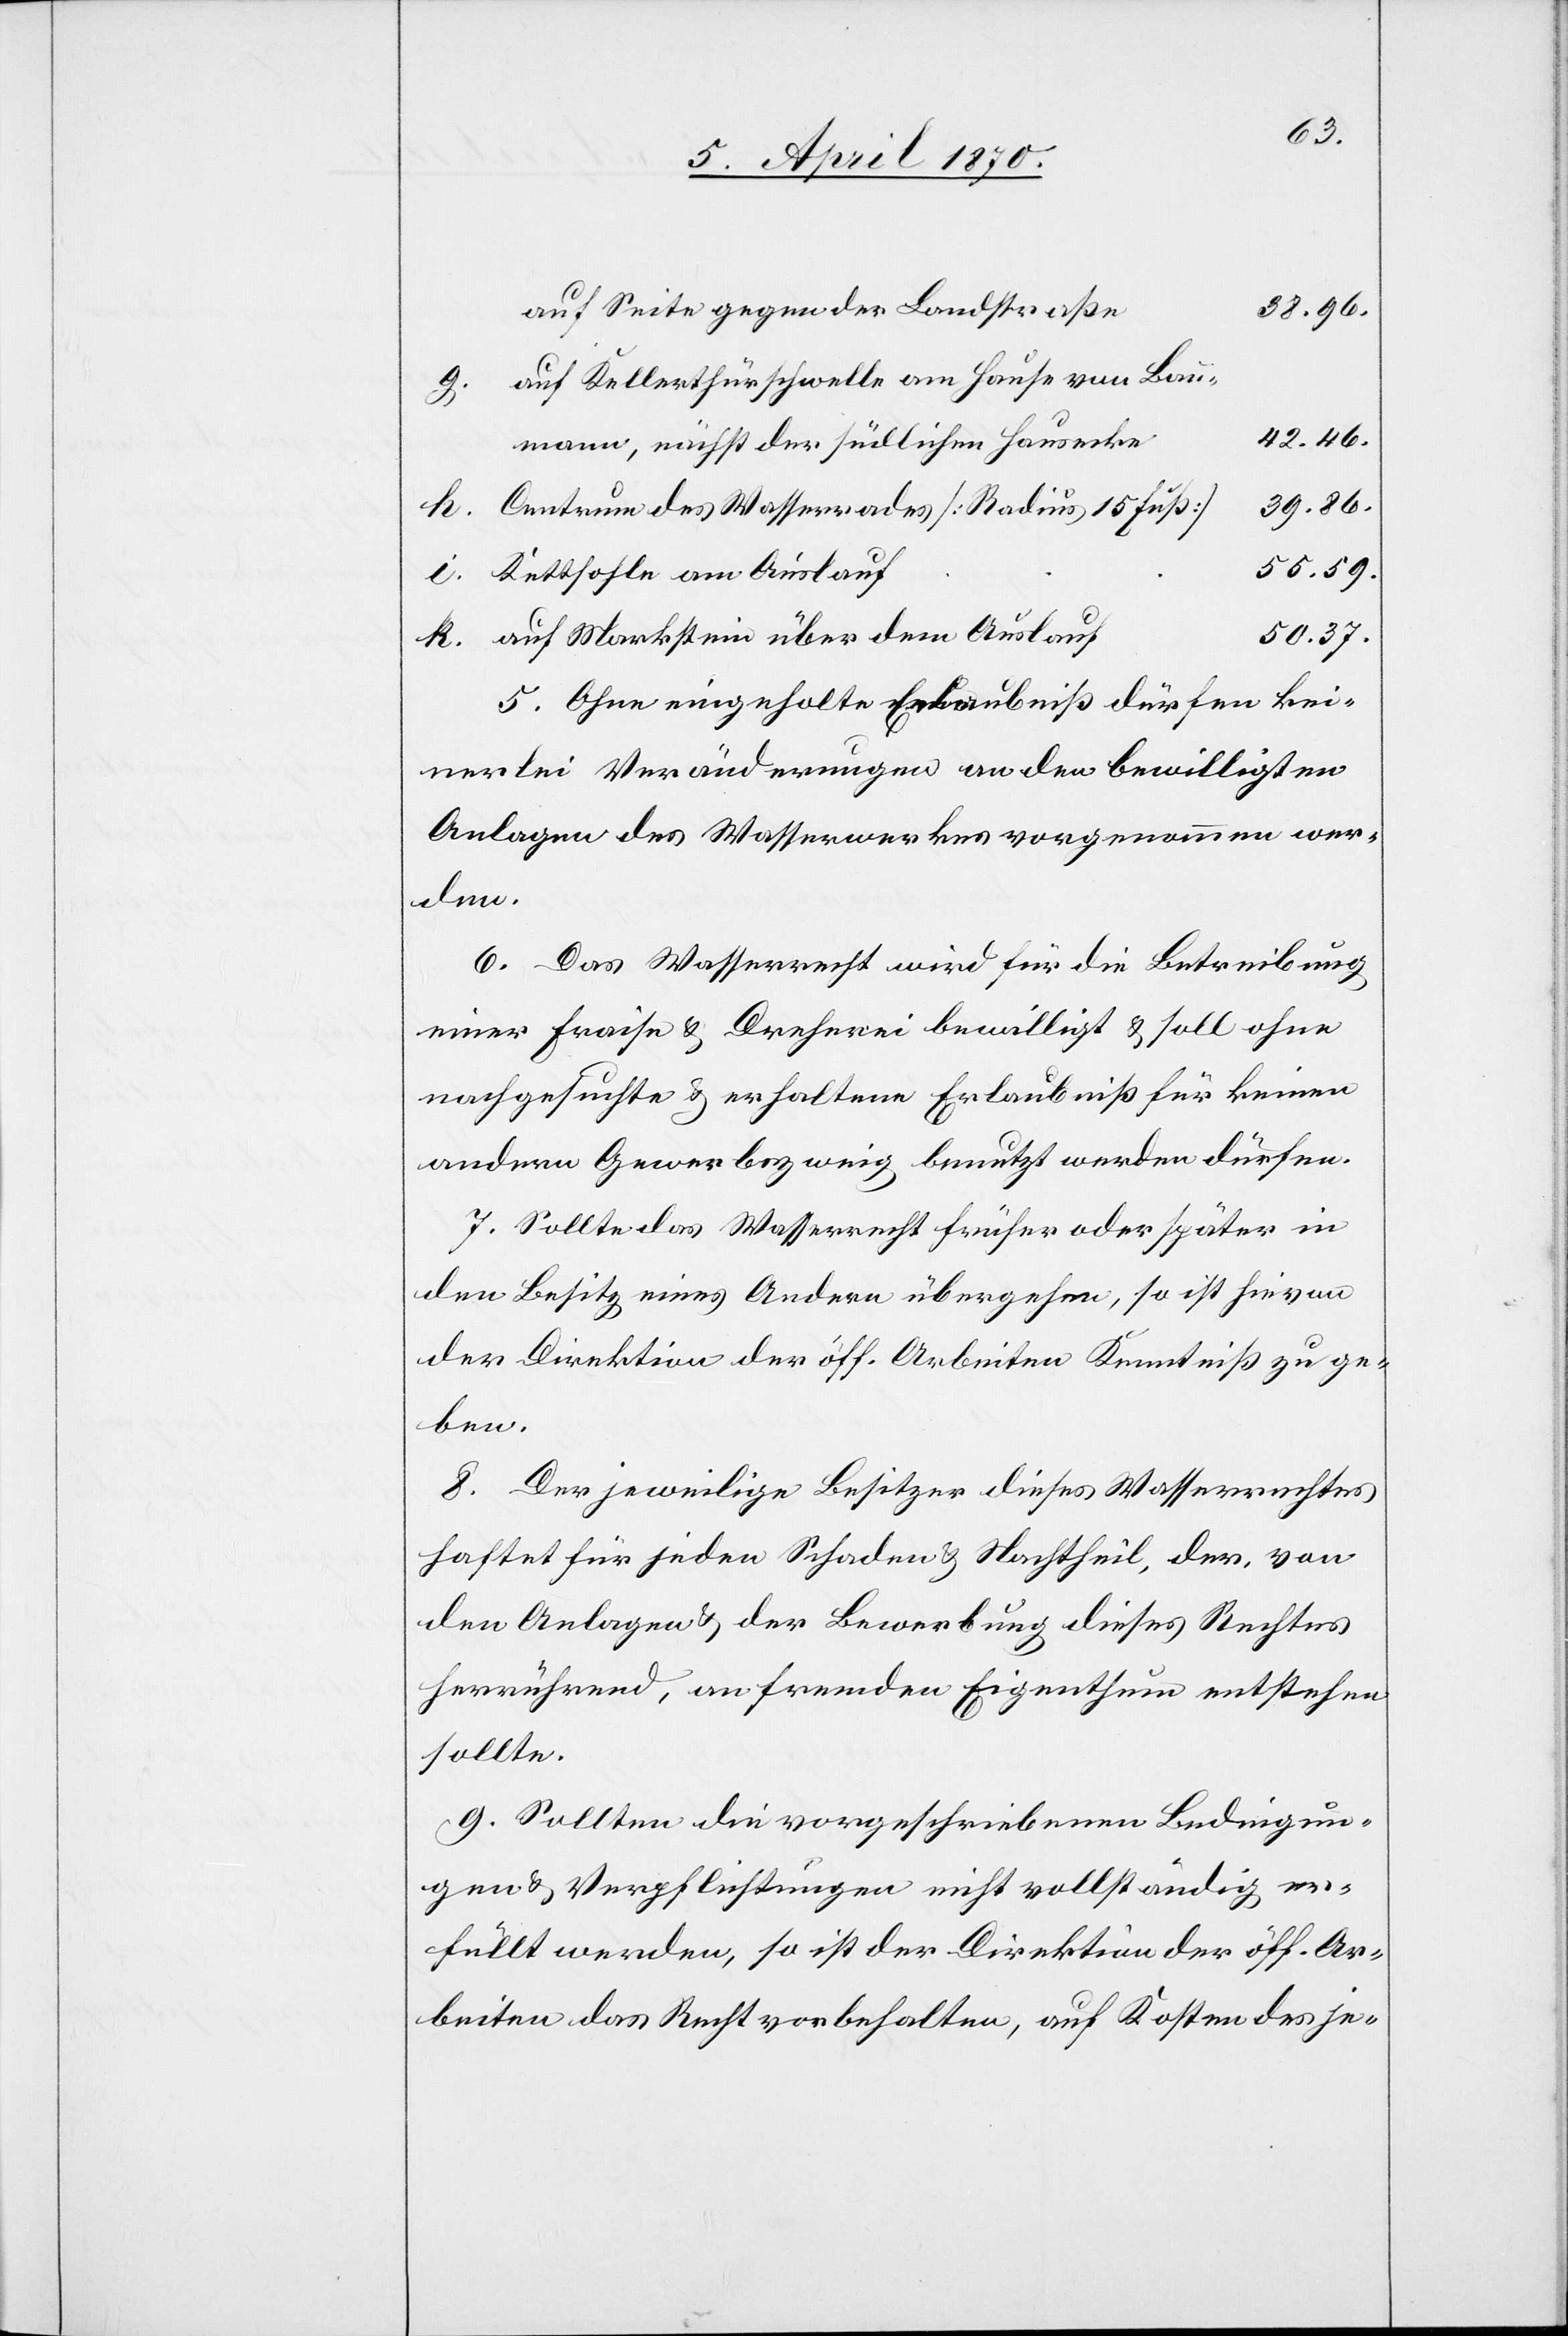
auf Seite gegen der Landstraße
38.96.
auf Kellerthürschwelle am Hause von Bau¬
42.46.
mann, nächst der südlichen Hausecke
39.59.
Centrum des Wasserrades [Radius 15 Fuß]
55.59.
Kettsohle am Auslauf
auf Markstein über dem Auslauf
50.37.
5. Ohne eingeholte Erlaubniß dürfen kei¬
nerlei Veränderungen an den bewilligten
Anlagen des Wasserwerkes vorgenommen wer¬
6. Das Wasserrecht wird für die Betreibung
einer Fraise & Dreherei bewilligt & soll ohne
nachgesuchte & erhaltene Erlaubniß für keinen
andern Gewerbezweig benutzt werden dürfen.
7. Sollte das Wasserrecht früher oder später in
den Besitz eines Andern übergehen, so ist hievon
der Direktion der öff. Arbeiten Kenntniß zu ge¬
ben.
8. Der jeweilige Besitzer dieses Wasserrechtes
haftet für jeden Schaden & Nachtheil, der, von
den Anlagen & der Bewerbung dieses Rechtes
herrührend, an fremden Eigenthum entstehen
sollte.
9. Sollten die vorgeschriebenen Bedingun¬
gen & Verpflichtungen nicht vollständig er¬
füllt werden, so ist der Direktion der öff. Ar¬
beiten das Recht vorbehalten, auf Kosten des je-